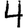
Digit: 4